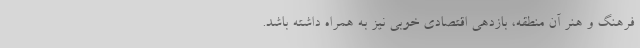
فرهنگ و هنر آن منطقه، بازدهی اقتصادی خوبی نیز به همراه داشته باشد.